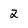
Character: 2